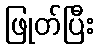
ဖြုတ်ပြီး